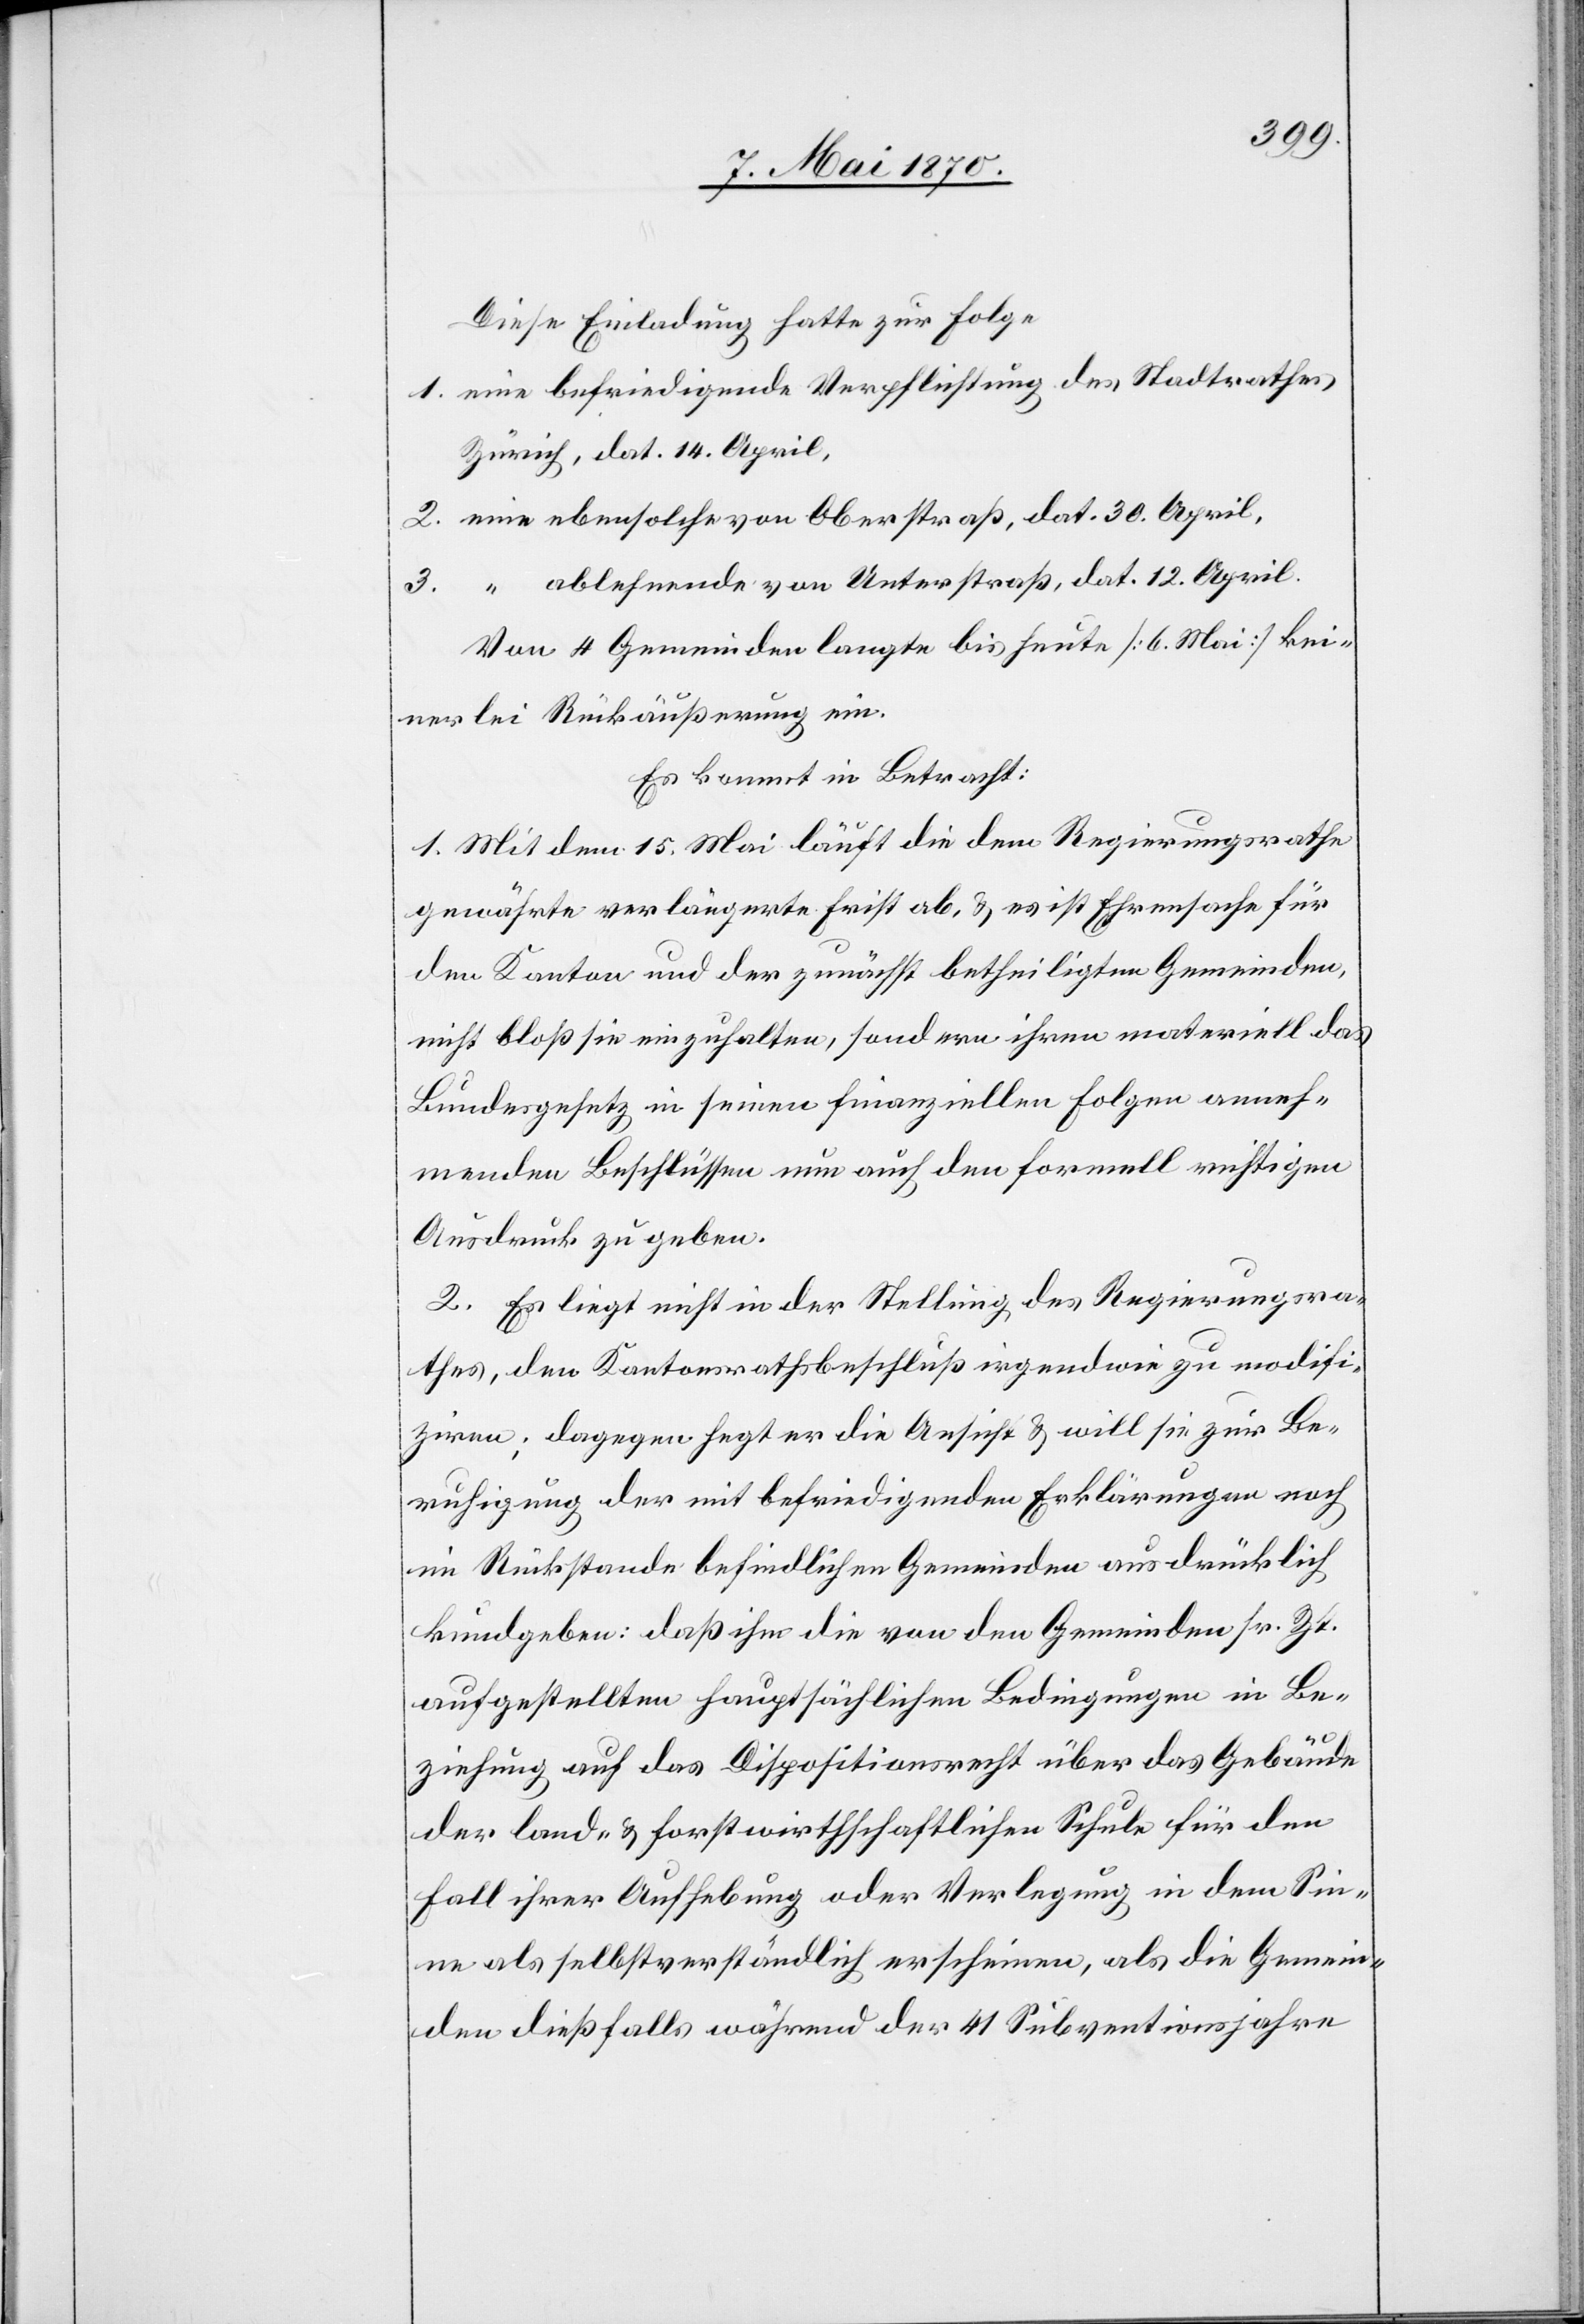
Diese Einladung hatte zur Folge
1. eine befriedigende Verpflichtung des Stadtrathes
Zürich, dat. 14. April,
2. eine ebensolche von Oberstraß, dat. 30. April,
3. “ ablehnende von Unterstraß, dat. 12. April.
Von 4 Gemeinden langte bis heute [6. Mai] kei¬
nerlei Rückäußerung ein.
Es kommt in Betracht:
1. Mit dem 15. Mai läuft die dem Regierungsrathe
gewährte verlängerte Frist ab, & es ist Ehrensache für
den Kanton und der zunächst betheiligten Gemeinden,
nicht bloß sie einzuhalten, sondern ihren materiell das
Bundesgesetz in seinen finanziellen Folgen anneh¬
menden Beschlüssen nun auch den formell richtigen
Ausdruck zu geben.
2. Es liegt nicht in der Stellung des Regierungsra¬
thes, den Kantonsrathsbeschluß irgendwie zu modifi¬
ziren; dagegen hegt er die Ansicht & will sie zur Be¬
ruhigung der mit befriedigenden Erklärungen noch
im Rückstande befindlichen Gemeinden ausdrücklich
kundgeben: daß ihm die von den Gemeinden sr. Zt.
aufgestellten hauptsächlichen Bedingungen in Be¬
ziehung auf das Dispositionsrecht über das Gebäude
der land- & forstwirthschaftlichen Schule für den
Fall ihrer Aufhebung oder Verlegung in dem Sin¬
ne als selbstverständlich erscheinen, als die Gemein¬
den dießfalls während der 41 Subventionsjahre